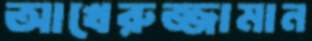
আখেরুজ্জামান